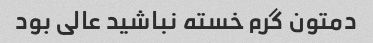
دمتون گرم خسته نباشید عالی بود